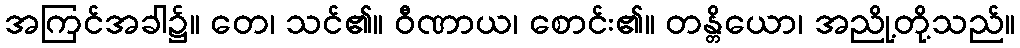
အကြင်အခါ၌။ တေ၊ သင်၏။ ဝီဏာယ၊ စောင်း၏။ တန္တိယော၊ အညို့တို့သည်။